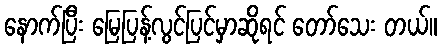
နောက်ပြီး မြေပြန့်လွင်ပြင်မှာဆိုရင် တော်သေး တယ်။